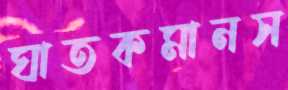
ঘাতকমানস